Vaccination in Bombay 1869-1873 - 1869-1873
Year: 1869
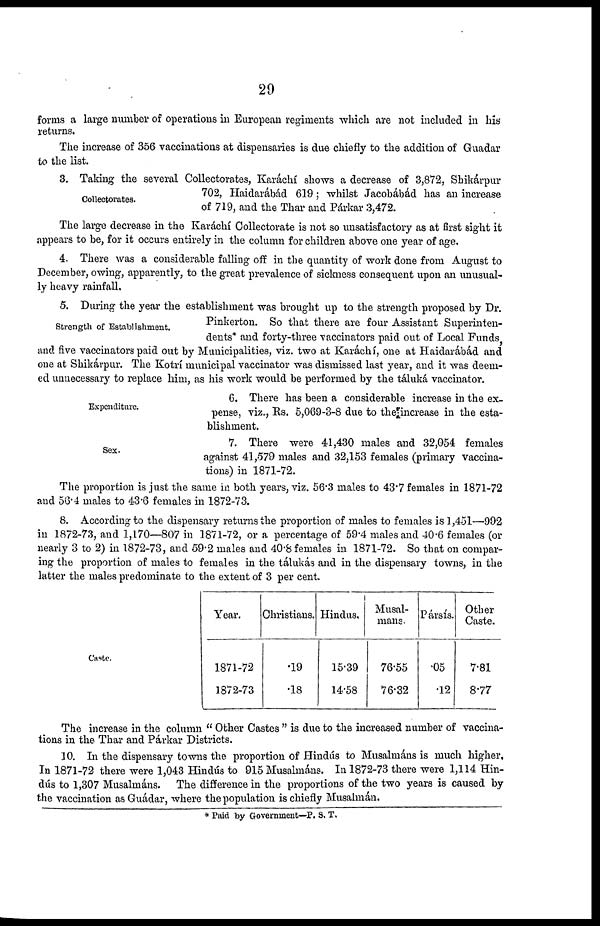
29
forms a large number of operations in European regiments which are not included in his
returns.
The increase of 356 vaccinations at dispensaries is due chiefly to the addition of Guadar
to the list.
Collectorates.
3. Taking the several Collectorates, Karáchí shows a decrease of 3,872, Shikárpur
702, Haidarábád 619; whilst Jacobábád has an increase
of 719, and the Thar and Párkar 3,472.
The large decrease in the Karáchí Collectorate is not so unsatisfactory as at first sight it
appears to be, for it occurs entirely in the column for children above one year of age.
4. There was a considerable falling off in the quantity of work done from August to
December, owing, apparently, to the great prevalence of sickness consequent upon an unusual-
ly heavy rainfall.
Strength of Establishment.
5. During the year the establishment was brought up to the strength proposed by Dr.
Pinkerton. So that there are four Assistant Superinten-
dents* and forty-three vaccinators paid out of Local Funds
and five vaccinators paid out by Municipalities, viz. two at Karáchí, one at Haidarábád and
one at Shikárpur. The Kotrí municipal vaccinator was dismissed last year, and it was deem-
ed unnecessary to replace him, as his work would be performed by the táluká vaccinator.
Expenditure.
6. There has been a considerable increase in the ex-
pense, viz., Rs. 5,069-3-8 due to the increase in the esta-
blishment.
Sex.
7. There were 41,430 males and 32,054 females
against 41,579 males and 32,153 females (primary vaccina-
tions) in 1871-72.
The proportion is just the same in both years, viz. 56.3 males to 43.7 females in 1871-72
and 56.4 males to 43.6 females in 1872-73.
8. According to the dispensary returns the proportion of males to females is 1,451—992
in 1872-73, and 1,170—807 in 1871-72, or a percentage of 59.4 males and 40.6 females (or
nearly 3 to 2) in 1872-73, and 59.2 males and 40.8 females in 1871-72. So that on compar-
ing the proportion of males to females in the tálukás and in the dispensary towns, in the
latter the males predominate to the extent of 3 per cent.
Caste.
Year.
1871-72
1872-73
Christians.
.19
.18
Hindus.
15.39
14.58
Musal¬
mans.
76.55
76.32
Pársís.
.05
.12
Other
Caste.
7.81
8.77
The increase in the column " Other Castes " is due to the increased number of vaccina-
tions in the Thar and Párkar Districts.
10. In the dispensary towns the proportion of Hindús to Musalmáns is much higher.
In 1871-72 there were 1,043 Hindús to 915 Musalmáns. In 1872-73 there were 1,114 Hin-
dús to 1,307 Musalmáns. The difference in the proportions of the two years is caused by
the vaccination as Guádar, where the population is chiefly Musalmán.
* Paid by Government—P. S. T.